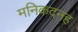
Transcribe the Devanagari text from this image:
मनिकदनह